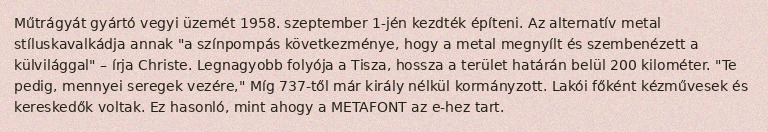
Műtrágyát gyártó vegyi üzemét 1958. szeptember 1-jén kezdték építeni. Az alternatív metal stíluskavalkádja annak "a színpompás következménye, hogy a metal megnyílt és szembenézett a külvilággal" – írja Christe. Legnagyobb folyója a Tisza, hossza a terület határán belül 200 kilométer. "Te pedig, mennyei seregek vezére," Míg 737-től már király nélkül kormányzott. Lakói főként kézművesek és kereskedők voltak. Ez hasonló, mint ahogy a METAFONT az e-hez tart.